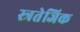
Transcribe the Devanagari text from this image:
स्त्रतेजिक